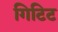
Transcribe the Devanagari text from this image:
गिटिट